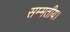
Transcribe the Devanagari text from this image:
सम्मतीय।